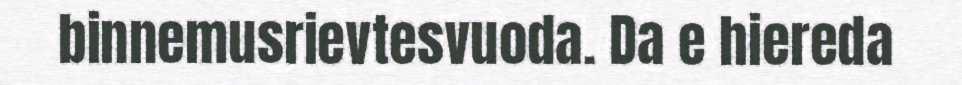
binnemusrievtesvuoda. Da e hiereda